Bombay plague: being a history of the progress of plague in the Bombay presidency from September 1896 to June 1899
Year: 1896
Disease focus: Plague
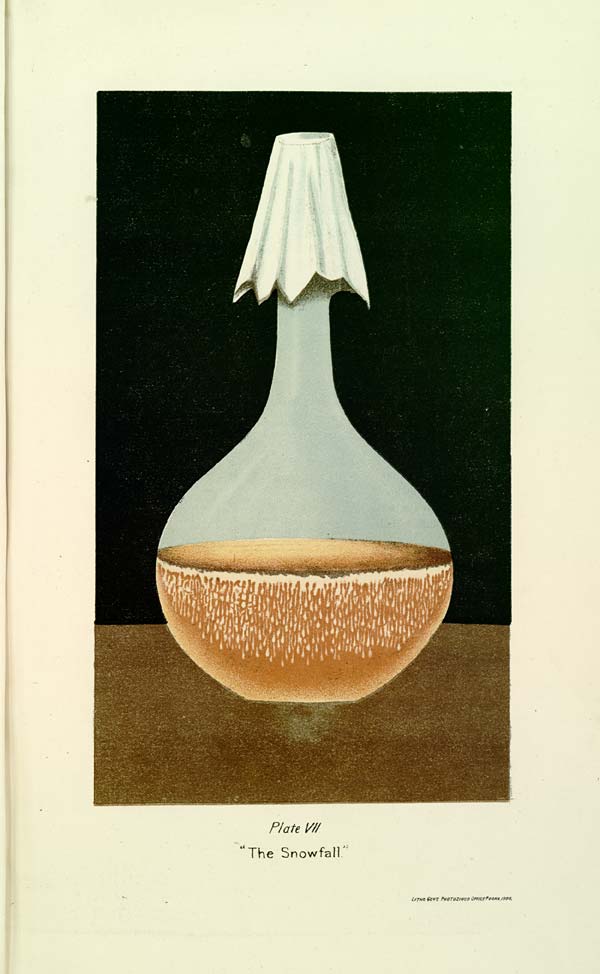
Plate VII
"The Snowfall."
LITHO GOVT PHOTOZINCO OFFICE POONA 1900.